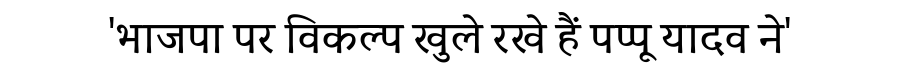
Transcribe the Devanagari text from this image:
'भाजपा पर विकल्प खुले रखे हैं पप्पू यादव ने'